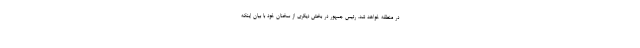
در منطقه خواهد شد. رئیس جمهور در بخش دیگری از سخنان خود با بیان اینکه